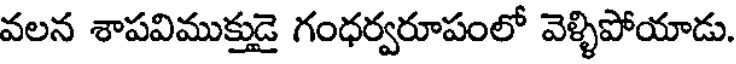
వలన శాపవిముక్తుడై గంధర్వరూపంలో వెళ్ళిపోయాడు.